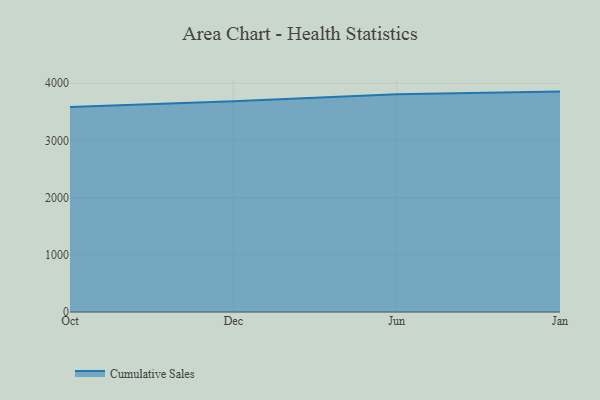
{"axis": {"x": "Month", "y": "Inventory Turnover"}, "legend": ["Cumulative Sales"], "data": [{"x": "Oct", "y": 3584.0, "type": "Cumulative Sales"}, {"x": "Dec", "y": 3686.6, "type": "Cumulative Sales"}, {"x": "Jun", "y": 3807.1, "type": "Cumulative Sales"}, {"x": "Jan", "y": 3854.5, "type": "Cumulative Sales"}]}